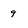
Character: 9